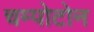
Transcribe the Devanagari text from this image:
चम्पोटोन